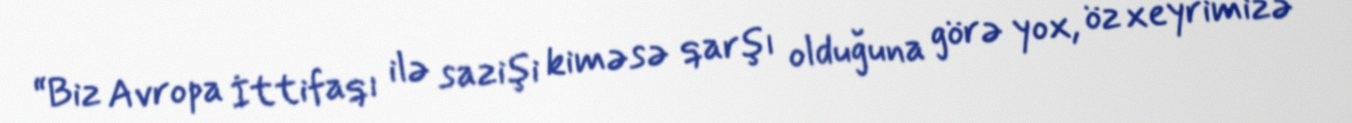
“Biz Avropa İttifaqı ilə sazişi kiməsə qarşı olduğuna görə yox, öz xeyrimizə